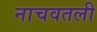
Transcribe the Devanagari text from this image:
नाचवतली